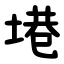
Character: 塂